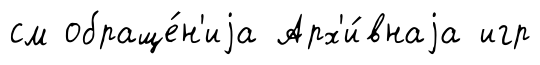
см обраще́н'иjа Арх'и́внаjа игр